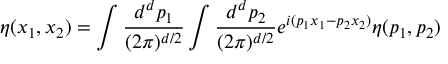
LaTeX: \eta ( x _ { 1 } , x _ { 2 } ) = \int { \frac { d ^ { d } p _ { 1 } } { ( 2 \pi ) ^ { d / 2 } } } \int { \frac { d ^ { d } p _ { 2 } } { ( 2 \pi ) ^ { d / 2 } } } e ^ { i ( p _ { 1 } x _ { 1 } - p _ { 2 } x _ { 2 } ) } \eta ( p _ { 1 } , p _ { 2 } )